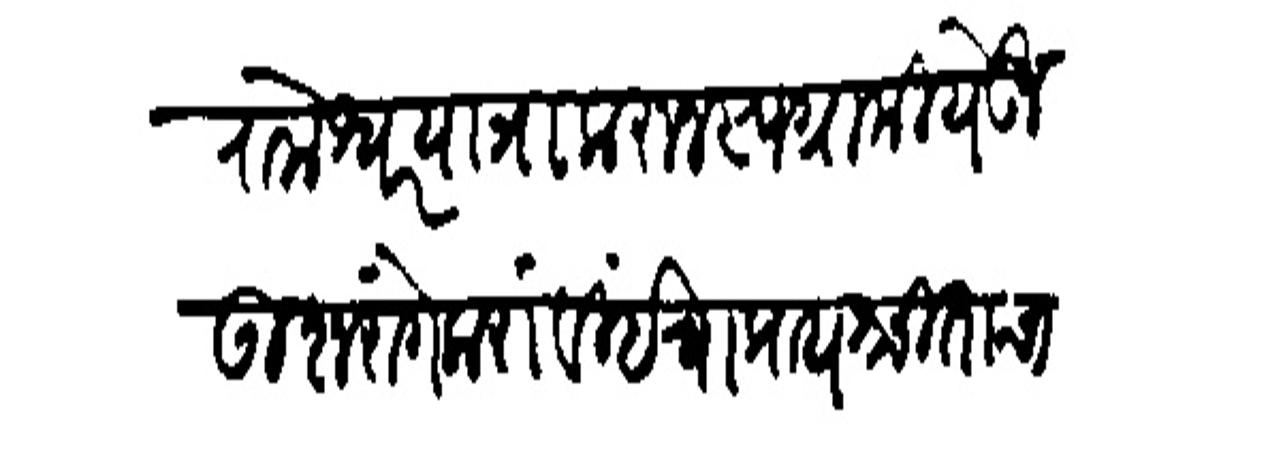
Transliteration (Devanagari): रामेश्वरयात्रा करून स्वग्रामी येऊन उशरांगे करावी इचा प्रायश्चिताचा